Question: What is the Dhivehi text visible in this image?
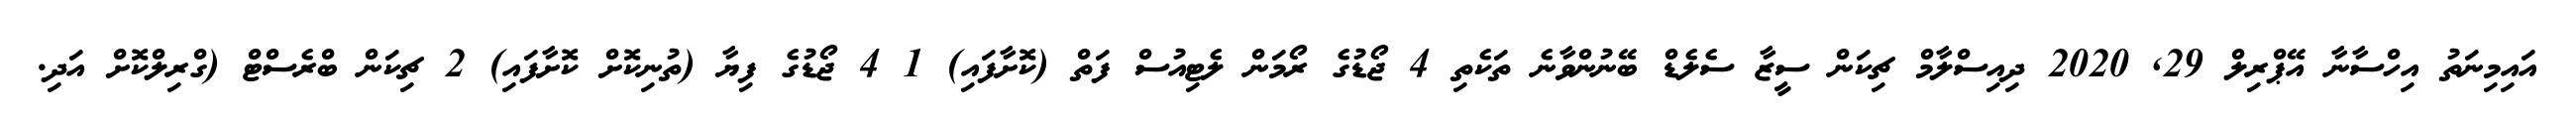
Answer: އައިމިނަތު އިހްސާނާ އޭޕްރިލް 29, 2020 ދިއިސްލާމް ޗިކަން ސީޒާ ސެލެޑް ބޭނުންވާނެ ތަކެތި 4 ޖޯޑުގެ ރޯމަން ލެޓިއުސް ފަތް (ކޮށާފައި) 1 4 ޖޯޑުގެ ފިޔާ (ތުނިކޮށް ކޮށާފައި) 2 ޗިކަން ބްރެސްޓް (ގްރިލްކޮށް އަދި.